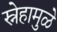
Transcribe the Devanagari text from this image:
स्नेहामुळे